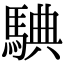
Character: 𩣲